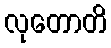
လုတောတိ